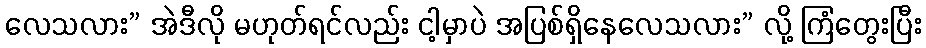
လေသလား” အဲဒီလို မဟုတ်ရင်လည်း ငါ့မှာပဲ အပြစ်ရှိနေလေသလား” လို့ ကြံတွေးပြီး